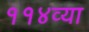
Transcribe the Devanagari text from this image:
११४व्या